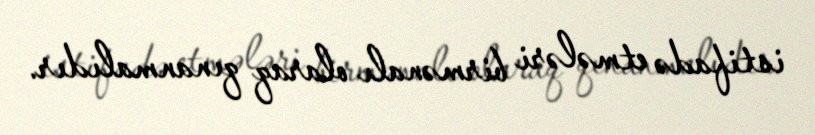
istifadə etmələri birmənalı olaraq qınanmalıdır.